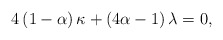
\begin{align*}4\left( 1-\alpha \right) \kappa+\left( 4\alpha-1\right) \lambda=0,\end{align*}